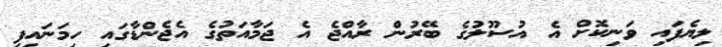
ލިޔެފައި ވަނިކޮށް އެ އުސޫލުގެ ބޭރުން ރާއްޖެ އެ ޖަމާއަތުގެ އެޖެންޑާގައި ހިމަނައިފި